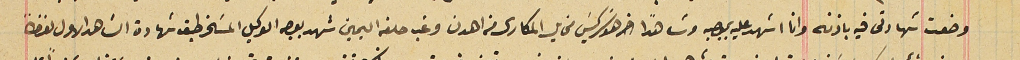
وضعت شهادتى فيه باذنه وانا اشهد عليه بموجبه وشاهداً اخر هو سَركيسَ مخايل المكارى من اهدن وغب حلفه اليمين شهدر بوجه الوكيل المسَخر طبق شهادة الشاهد الاول لفظاً